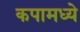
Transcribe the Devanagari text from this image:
कपामध्ये